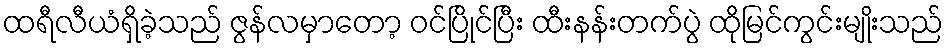
ထရီလီယံရှိခဲ့သည် ဇွန်လမှာတော့ ဝင်ပြိုင်ပြီး ထီးနန်းတက်ပွဲ ထိုမြင်ကွင်းမျိုးသည်